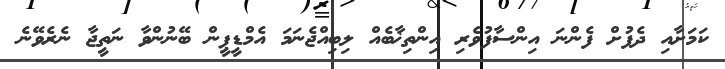
ކަމަށާއި ދެފުށް ފެންނަ އިންސާފުވެރި އިންތިޚާބެއް ލިބިއްޖެނަމަ އެމްޑީޕީން ބޭނުންވާ ނަތީޖާ ނެރެވޭނެ